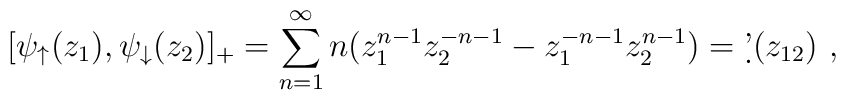
[\psi_\uparrow(z_1), \psi_\downarrow(z_2) ]_+=\sum_{n=1}^\infty n(z_1^{n-1}z_2^{-n-1}- z_1^{-n-1}z_2^{n-1})=\d'(z_{12}) \ ,